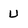
Character: U